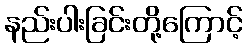
နည်းပါးခြင်းတို့ကြောင့်